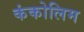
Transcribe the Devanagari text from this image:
कंकोलिम